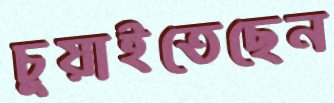
চুয়াইতেছেন